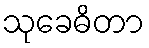
သုခေဓိတာ